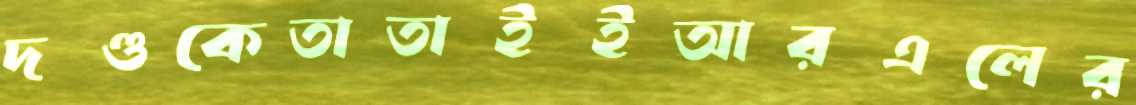
দণ্ডকেতাতাইইআরএলের